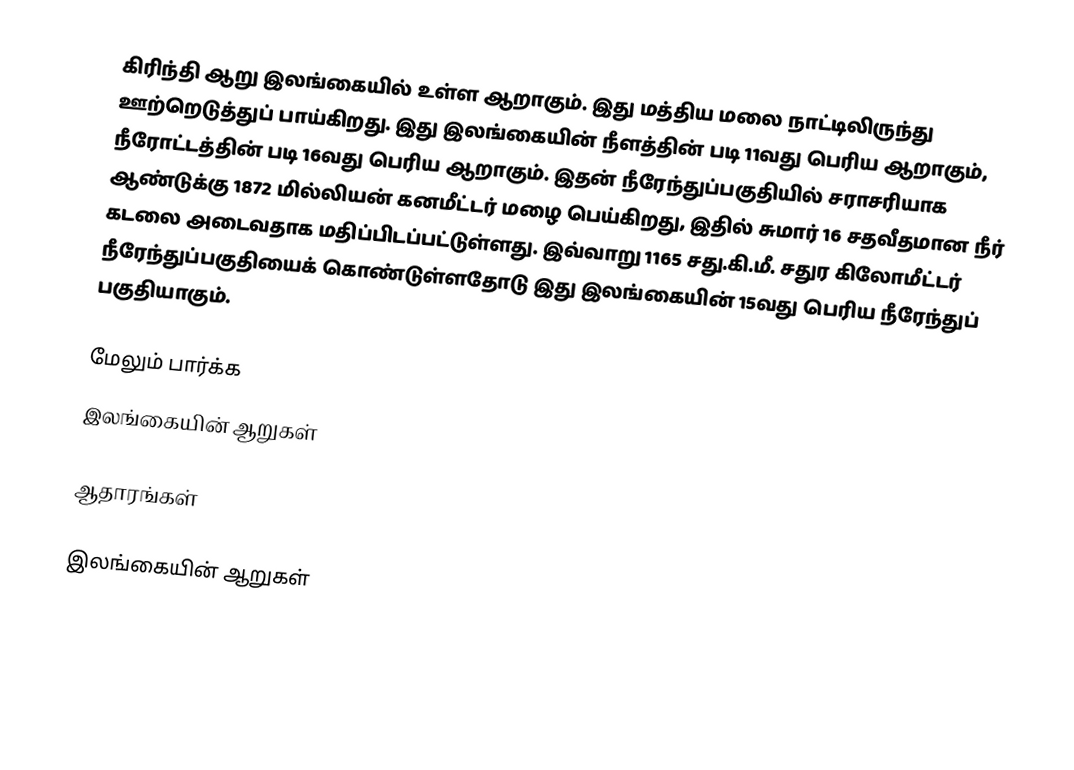
கிரிந்தி ஆறு இலங்கையில் உள்ள ஆறாகும். இது மத்திய மலை நாட்டிலிருந்து ஊற்றெடுத்துப் பாய்கிறது. இது இலங்கையின் நீளத்தின் படி 11வது பெரிய ஆறாகும், நீரோட்டத்தின் படி  16வது பெரிய  ஆறாகும். இதன் நீரேந்துப்பகுதியில் சராசரியாக ஆண்டுக்கு 1872 மில்லியன் கனமீட்டர் மழை பெய்கிறது, இதில் சுமார் 16 சதவீதமான நீர் கடலை அடைவதாக மதிப்பிடப்பட்டுள்ளது. இவ்வாறு 1165 சது.கி.மீ. சதுர கிலோமீட்டர் நீரேந்துப்பகுதியைக் கொண்டுள்ளதோடு இது இலங்கையின் 15வது பெரிய நீரேந்துப் பகுதியாகும்.

மேலும் பார்க்க
 இலங்கையின் ஆறுகள்

ஆதாரங்கள்

இலங்கையின் ஆறுகள்